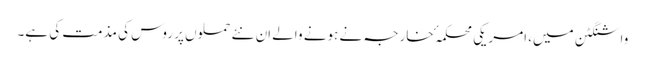
واشنگٹن میں، امریکی محکمہٴ خارجہ نے ہونے والے اِن نئے حملوں پر روس کی مذمت کی ہے۔